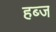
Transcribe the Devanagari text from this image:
हब्ज